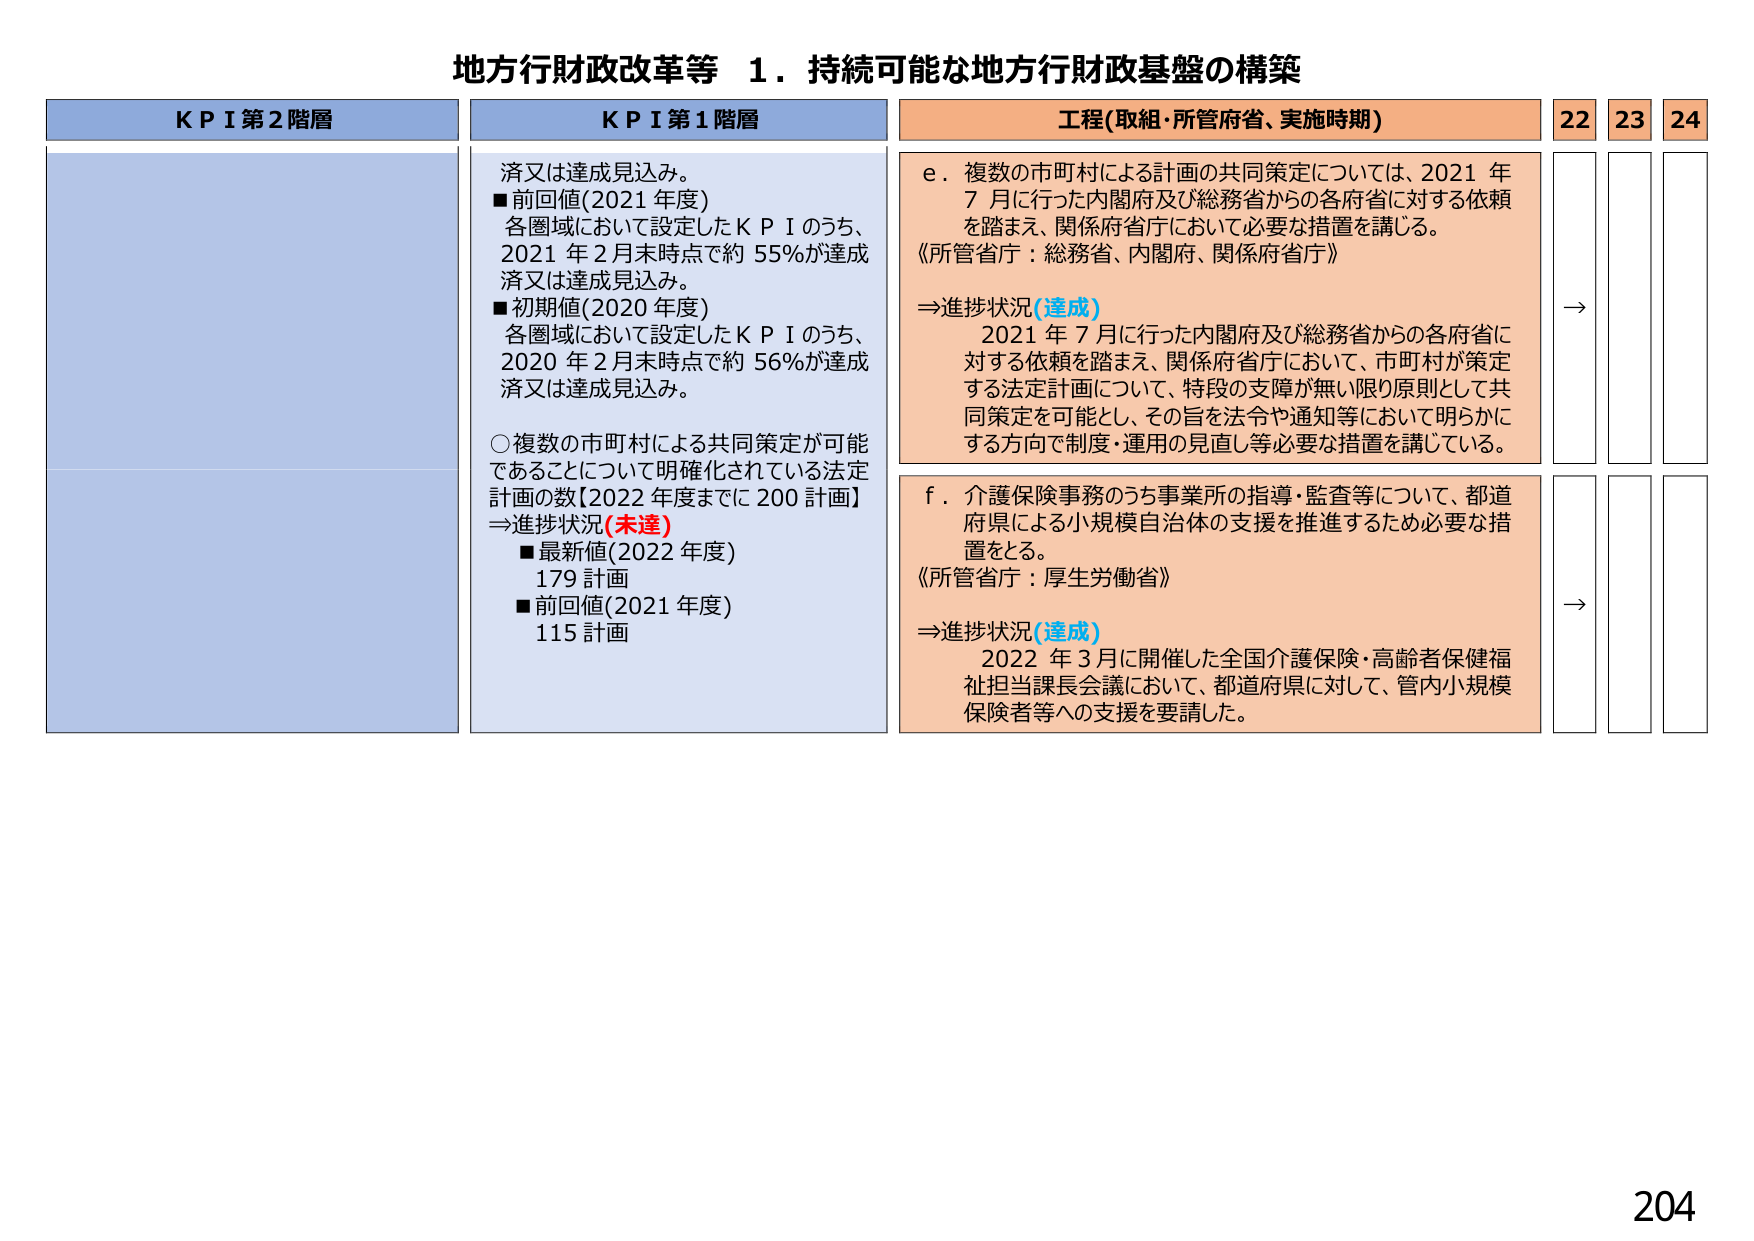
地方行財政改革等 １．持続可能な地方行財政基盤の構築

K P I 第２階層

K P I 第１階層
済又は達成見込み。
■前回値(2021 年度)
各圏域において設定したＫＰＩのうち、
2021 年２月末時点で約 55％が達成
済又は達成見込み。
■初期値(2020 年度)
各圏域において設定したＫＰＩのうち、
2020 年２月末時点で約 56％が達成
済又は達成見込み。
○複数の市町村による共同策定が可能
であることについて明確化されている法定
計画の数【2022 年度までに 200 計画】
⇒進捗状況(未達)
■最新値(2022 年度)
179 計画
■前回値(2021 年度)
115 計画

工程(取組・所管府省、実施時期)
e．複数の市町村による計画の共同策定については、2021 年
７月に行った内閣府及び総務省からの各府省に対する依頼
を踏まえ、関係府省庁において必要な措置を講じる。
《所管省庁：総務省、内閣府、関係府省庁》
⇒進捗状況(達成)
2021 年７月に行った内閣府及び総務省からの各府省に
対する依頼を踏まえ、関係府省庁において、市町村が策定
する法定計画について、特段の支障が無い限り原則として共
同策定を可能とし、その旨を法令や通知等において明らかに
する方向で制度・運用の見直し等必要な措置を講じている。
f．介護保険事務のうち事業所の指導・監査等について、都道
府県による小規模自治体の支援を推進するため必要な措
置をとる。
《所管省庁：厚生労働省》
⇒進捗状況(達成)
2022 年３月に開催した全国介護保険・高齢者保健福
祉担当課長会議において、都道府県に対して、管内小規模
保険者等への支援を要請した。

22 23 24
→
→

204